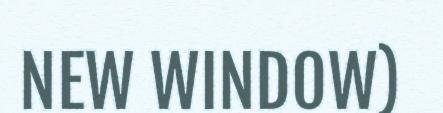
NEW WINDOW)